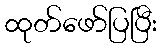
ထုတ်ဖော်ပြပြီး